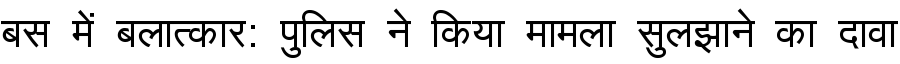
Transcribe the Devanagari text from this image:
बस में बलात्कार: पुलिस ने किया मामला सुलझाने का दावा